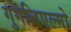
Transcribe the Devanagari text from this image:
गुगलिएल्मो